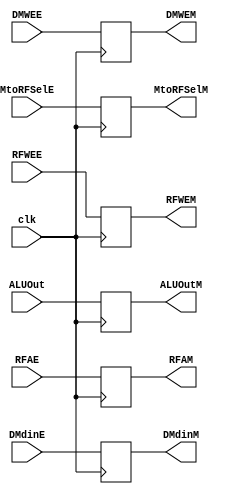
`timescale 1ns / 1ps

module MReg(
    input clk,
    input RFWEE,
    input MtoRFSelE,
    input DMWEE,
    input [31:0] ALUOut,
    input [31:0] DMdinE,
    input [4:0] RFAE,
    output reg RFWEM,
    output reg MtoRFSelM,
    output reg DMWEM,
    output reg [31:0] ALUOutM,
    output reg [31:0] DMdinM,
    output reg [4:0] RFAM
    );
    
    always @(posedge clk) begin
        RFWEM <= RFWEE;
        MtoRFSelM <= MtoRFSelE;
        DMWEM <= DMWEE;
        ALUOutM <= ALUOut;
        DMdinM <= DMdinE;
        RFAM <= RFAE;
    end
endmodule